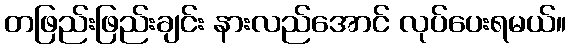
တဖြည်းဖြည်းချင်း နားလည်အောင် လုပ်ပေးရမယ်။